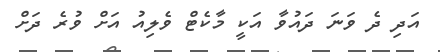
އަދި ދެ ވަނަ ދައުވާ އަކީ މާކެޓް ވެލިއު އަށް ވުރެ ދަށް